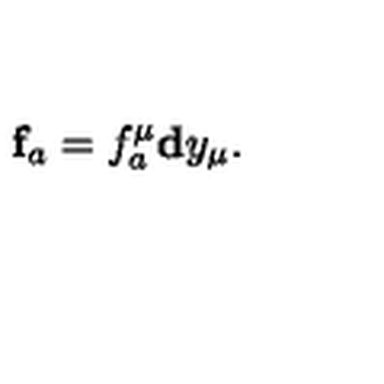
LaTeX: \mathbf { f } _ { a } = f _ { a } ^ { \mu } \mathbf { d } y _ { \mu } .